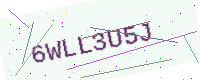
Text: 6WLL3U5J